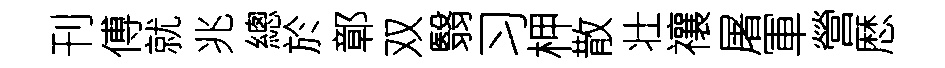
刊傅就兆總於鄣双翳习柙散壮禳屠軍營厯